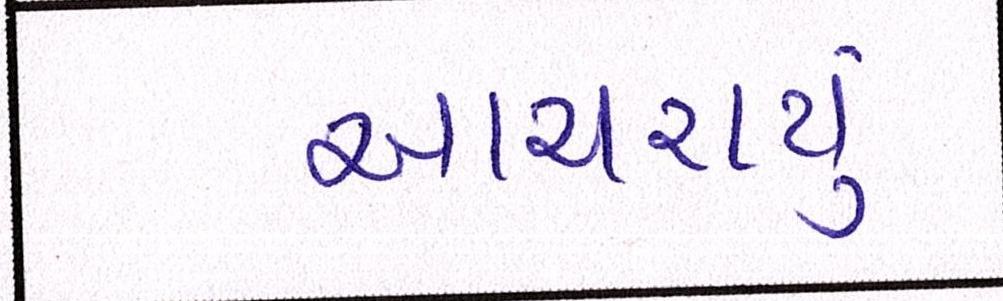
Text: આચરાયું